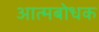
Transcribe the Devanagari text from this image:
आत्मबोधक